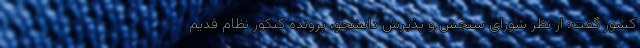
کشور گفت: از نظر شورای سنجش و پذیرش دانشجو، پرونده کنکور نظام قدیم